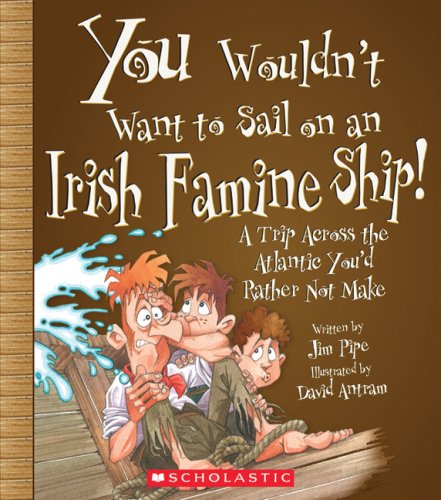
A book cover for You Wouldn't Want to Sail on an Irish Famine Ship!: A Trip Across the Atlantic You'd Rather Not Make; Jim Pipe; Children's Books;